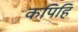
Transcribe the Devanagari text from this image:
कपिहि